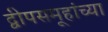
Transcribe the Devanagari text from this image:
द्वीपसमूहांच्या